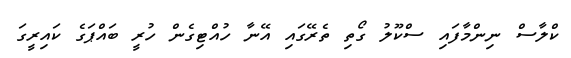
ކްލާސް ނިންމާފައި ސްކޫލު ގޯތި ތެރޭގައި އޭނާ ހުއްޓިގެން ހުރީ ބައްޕަގެ ކައިރީގަ